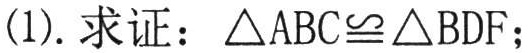
(1). 求证：$\triangle ABC\cong\triangle BDF$；